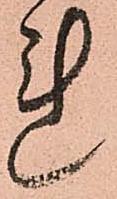
れ